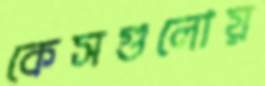
কেসগুলোয়